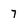
Character: 7